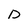
Character: D